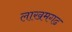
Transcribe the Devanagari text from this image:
लाखमगढ